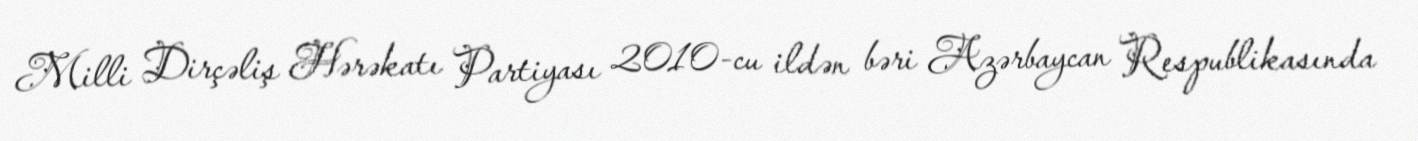
Milli Dirçəliş Hərəkatı Partiyası 2010-cu ildən bəri Azərbaycan Respublikasında